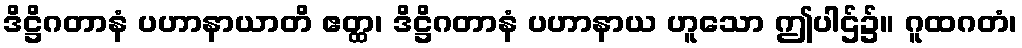
ဒိဋ္ဌိဂတာနံ ပဟာနာယာတိ ဧတ္ထ၊ ဒိဋ္ဌိဂတာနံ ပဟာနာယ ဟူသော ဤပါဌ်၌။ ဂူထဂတံ၊